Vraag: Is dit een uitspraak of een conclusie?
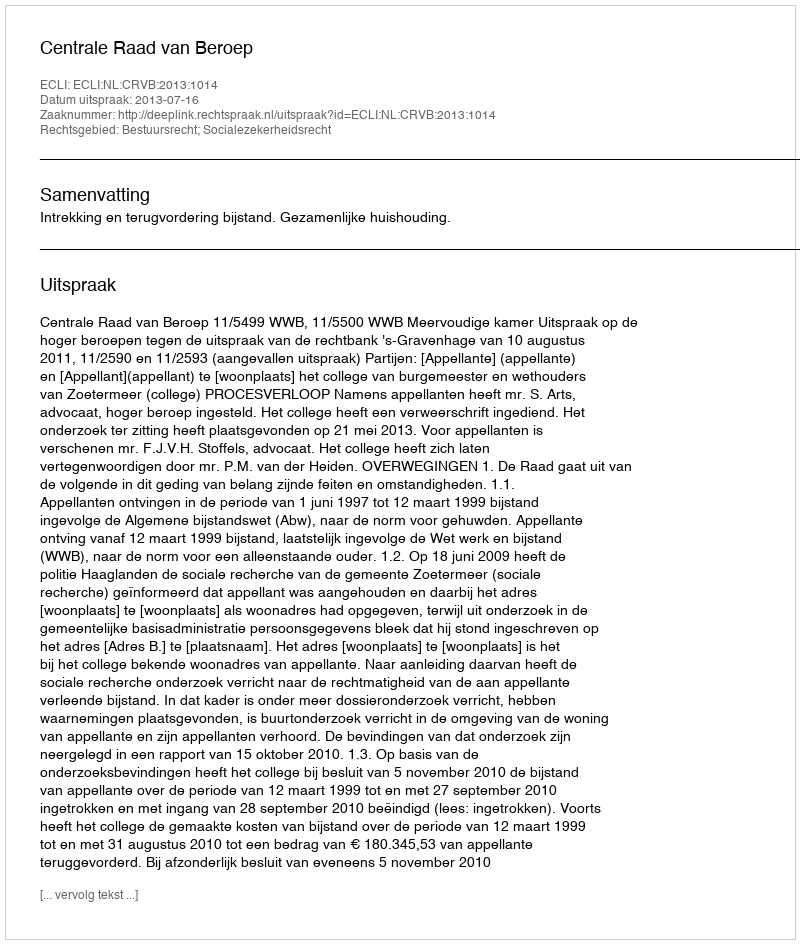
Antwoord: Uitspraak